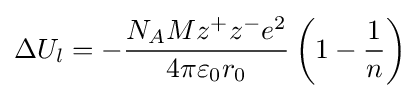
\Delta U_{l}=-{\frac {N_{A}Mz^{+}z^{-}e^{2}}{4\pi \varepsilon _{0}r_{0}}}\left(1-{\frac {1}{n}}\right)